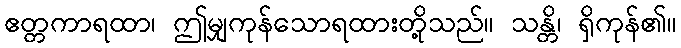
ဧတ္တကာရထာ၊ ဤမျှကုန်သောရထားတို့သည်။ သန္တိ၊ ရှိကုန်၏။